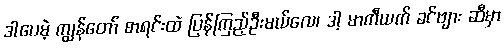
ဒါပေမဲ့ ကျွန်တော် စာရင်းထဲ ပြန်ကြည့်ဦးမယ်လေ၊ ဒါ့ မာကီယက် ခင်ဗျား ဆီမှာ